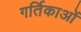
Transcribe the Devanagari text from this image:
गर्तिकाओं